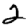
Digit: 2